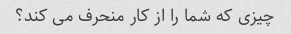
چیزی که شما را از کار منحرف می کند؟